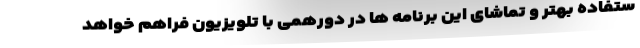
ستفاده بهتر و تماشای این برنامه ها در دورهمی با تلویزیون فراهم خواهد